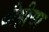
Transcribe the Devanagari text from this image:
बीहीया